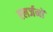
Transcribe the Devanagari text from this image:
एलर्जनों